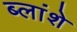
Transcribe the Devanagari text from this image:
ब्लांशे